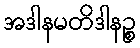
အဒါနမတိဒါနဉ္စ